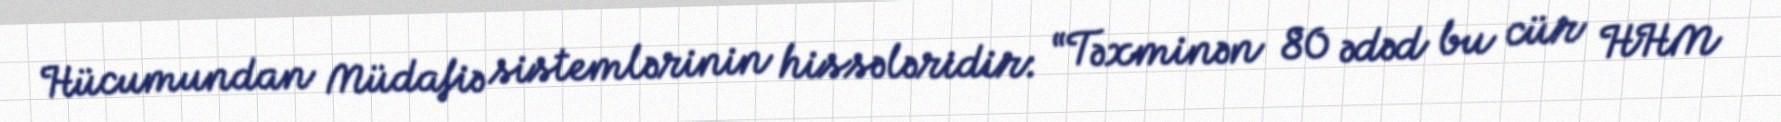
Hücumundan Müdafiə sistemlərinin hissələridir: “Təxminən 80 ədəd bu cür HHM